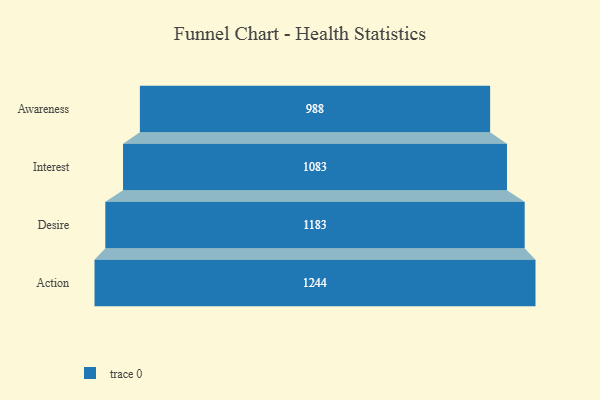
{"axis": {"x": "Stage", "y": "Value"}, "legend": [""], "data": [{"x": "Awareness", "y": 988.0, "type": ""}, {"x": "Interest", "y": 1083.0, "type": ""}, {"x": "Desire", "y": 1183.0, "type": ""}, {"x": "Action", "y": 1244.0, "type": ""}]}